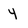
Character: 4